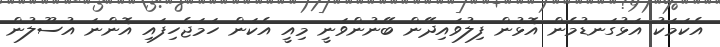
އެކަމަކު އަޅުގަނޑުމެން އޮޅުން ފިލުވައިދޭން ބޭނުންވަނީ މިއީ އެކަން ހަމަޖެހިފައި އޮންނަ އުސޫލުން